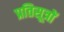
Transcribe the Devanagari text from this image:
प्रतिसूत्रों